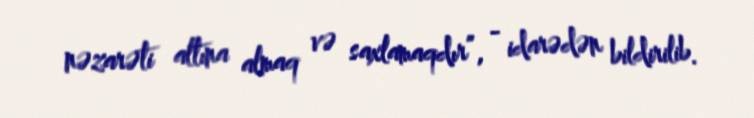
nəzarəti altına almaq və saxlamaqdır”, - idarədən bildirilib.